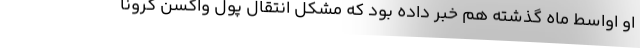
او اواسط ماه گذشته هم خبر داده بود که مشکل انتقال پول واکسن کرونا